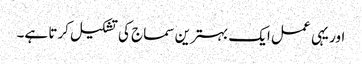
اور یہی عمل ایک بہترین سماج کی تشکیل کرتا ہے۔